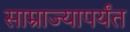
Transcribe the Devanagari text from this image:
साम्राज्यापर्यंत